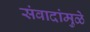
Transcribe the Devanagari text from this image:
संवादांमुळे